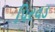
પિરવડ